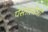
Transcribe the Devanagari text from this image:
पेस्तालोजी